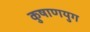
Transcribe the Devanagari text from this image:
कुषाणयुग